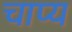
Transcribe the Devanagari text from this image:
चाप्य